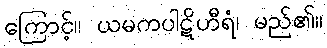
ကြောင့်။ ယမကပါဋိဟီရံ၊ မည်၏။